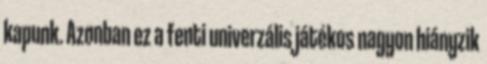
kapunk. Azonban ez a fenti univerzális játékos nagyon hiányzik